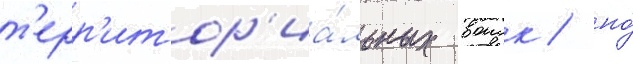
т'ерр'итор'иа́льных воиск / но́